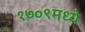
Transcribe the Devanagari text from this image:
१७०९मध्ये